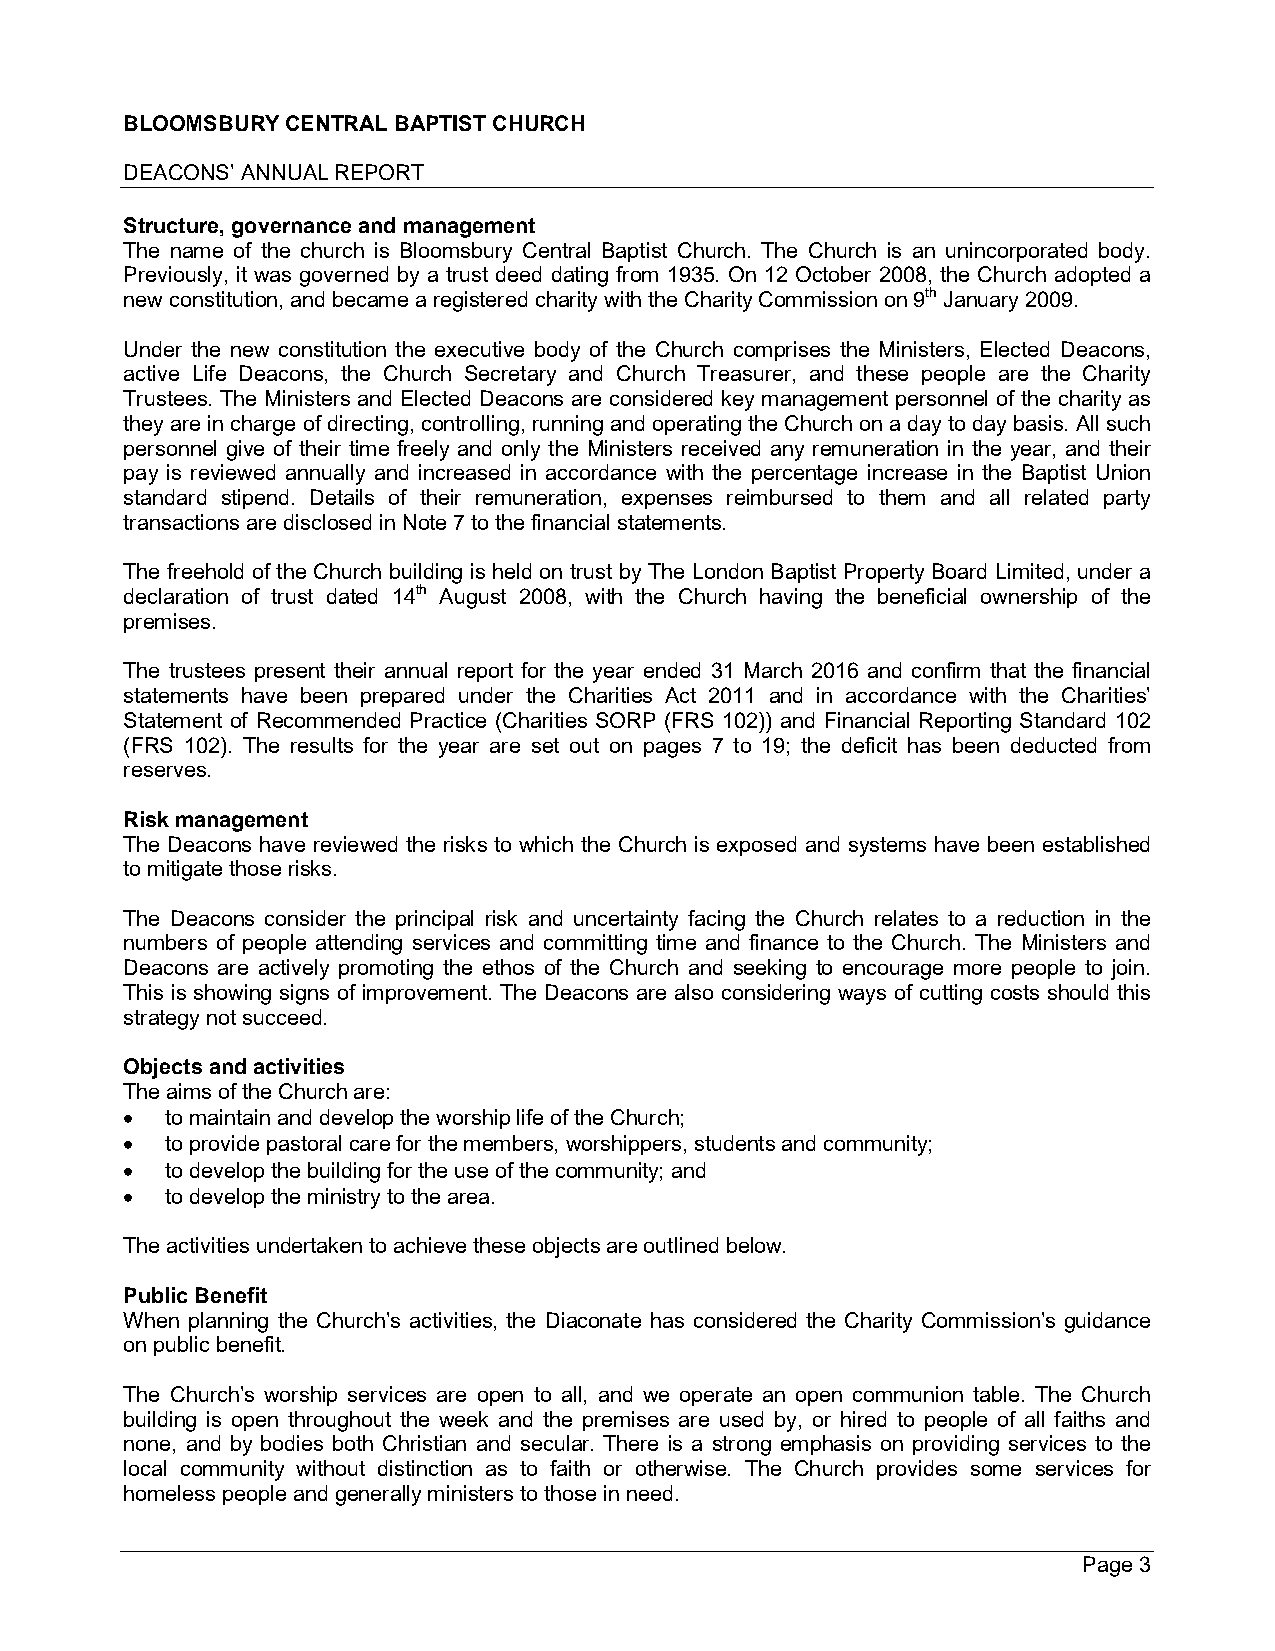
BLOOMSBURY CENTRAL BAPTIST CHURCH
 DEACONS’ ANNUAL REPORT
 Structure, governance and management
 The name of the church is Bloomsbury Central Baptist Church. The Church is an unincorporated body.
 Previously, it was governed by a trust deed dating from 1935. On 12 October 2008, the Church adopted a
 new constitution, and became a registered charity with the Charity Commission on 9th January 2009.
 Under the new constitution the executive body of the Church comprises the Ministers, Elected Deacons,
 active Life Deacons, the Church Secretary and Church Treasurer, and these people are the Charity
 Trustees. The Ministers and Elected Deacons are considered key management personnel of the charity as
 they are in charge of directing, controlling, running and operating the Church on a day to day basis. All such
 personnel give of their time freely and only the Ministers received any remuneration in the year, and their
 pay is reviewed annually and increased in accordance with the percentage increase in the Baptist Union
 standard stipend. Details of their remuneration, expenses reimbursed to them and all related party
 transactions are disclosed in Note 7 to the financial statements.
 The freehold of the Church building is held on trust by The London Baptist Property Board Limited, under a
 declaration of trust dated 14th August 2008, with the Church having the beneficial ownership of the
 premises.
 The trustees present their annual report for the year ended 31 March 2016 and confirm that the financial
 statements have been prepared under the Charities Act 2011 and in accordance with the Charities’
 Statement of Recommended Practice (Charities SORP (FRS 102)) and Financial Reporting Standard 102
 (FRS 102). The results for the year are set out on pages 7 to 19; the deficit has been deducted from
 reserves.
 Risk management
 The Deacons have reviewed the risks to which the Church is exposed and systems have been established
 to mitigate those risks.
 The Deacons consider the principal risk and uncertainty facing the Church relates to a reduction in the
 numbers of people attending services and committing time and finance to the Church. The Ministers and
 Deacons are actively promoting the ethos of the Church and seeking to encourage more people to join.
 This is showing signs of improvement. The Deacons are also considering ways of cutting costs should this
 strategy not succeed.
 Objects and activities
 The aims of the Church are:
 (cid:120) to maintain and develop the worship life of the Church;
 (cid:120) to provide pastoral care for the members, worshippers, students and community;
 (cid:120) to develop the building for the use of the community; and
 (cid:120) to develop the ministry to the area.
 The activities undertaken to achieve these objects are outlined below.
 Public Benefit
 When planning the Church’s activities, the Diaconate has considered the Charity Commission’s guidance
 on public benefit.
 The Church’s worship services are open to all, and we operate an open communion table. The Church
 building is open throughout the week and the premises are used by, or hired to people of all faiths and
 none, and by bodies both Christian and secular. There is a strong emphasis on providing services to the
 local community without distinction as to faith or otherwise. The Church provides some services for
 homeless people and generally ministers to those in need.
 Page 3